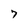
Character: 7